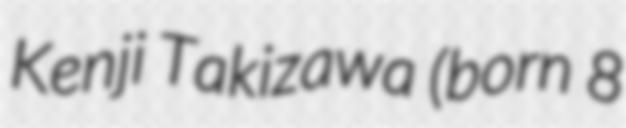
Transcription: Kenji Takizawa (born 8